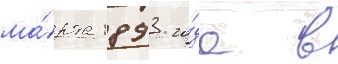
ма́рта 1893 го́да в